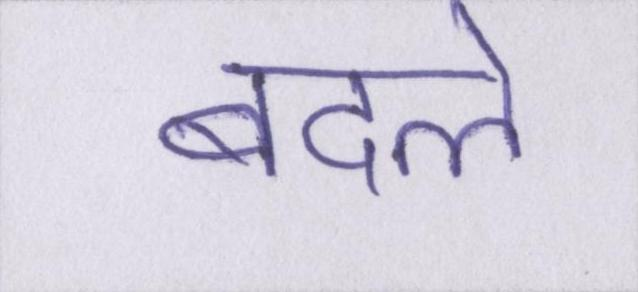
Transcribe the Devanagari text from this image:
बदले